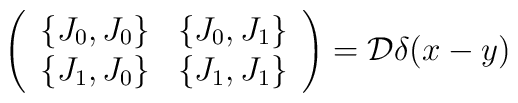
\left(\begin{array}{cc}\{J_{0},J_{0}\} & \{J_{0},J_{1}\}\\\{J_{1},J_{0}\} & \{J_{1},J_{1}\}\end{array}\right) = {\cal D} \delta (x-y)